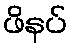
ဖိနပ်